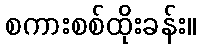
စကားစစ်ထိုးခန်း။